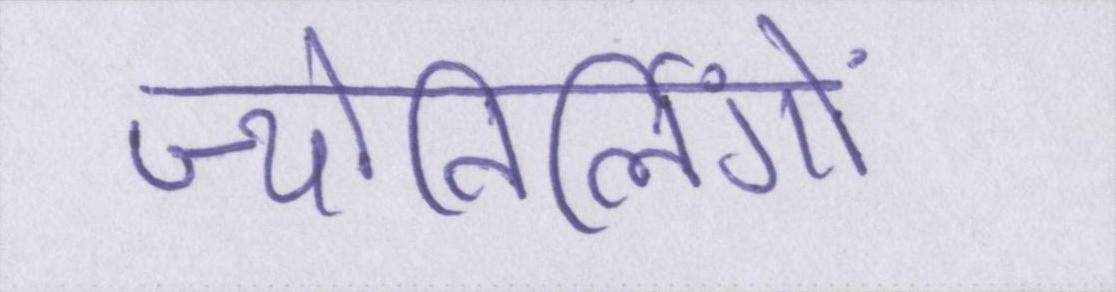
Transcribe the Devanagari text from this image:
ज्योतिर्लिंगों